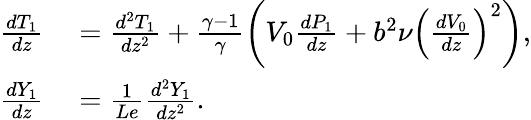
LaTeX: \begin{array}{rl}{\frac{d{T}_{1}}{dz}}&{{}=\frac{d^{2}{T}_{1}}{dz^{2}}+\frac{\gamma-1}{\gamma}\left({V}_{0}\frac{d{P}_{1}}{dz}+b^{2}\nu\left(\frac{dV_{0}}{dz}\right)^{2}\right),}\\ {\frac{d{Y}_{1}}{dz}}&{{}=\frac{1}{Le}\frac{d^{2}{Y}_{1}}{dz^{2}}.}\end{array}